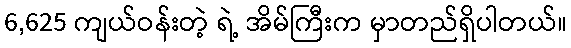
6,625 ကျယ်ဝန်းတဲ့ ရဲ့ အိမ်ကြီးက မှာတည်ရှိပါတယ်။